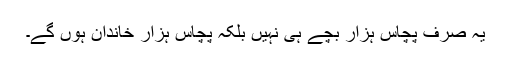
یہ صرف پچاس ہزار بچے ہی نہیں بلکہ پچاس ہزار خاندان ہوں گے۔